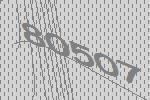
80507